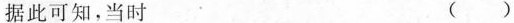
据此可知，当时 ()